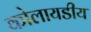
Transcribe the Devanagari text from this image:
कोलायडीय